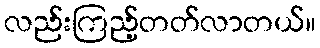
လည်းကြည့်တတ်လာတယ်။